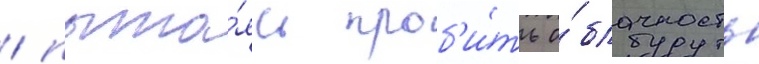
/ пыта́ясь проб'и́ть о́блачность